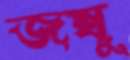
জম্বু